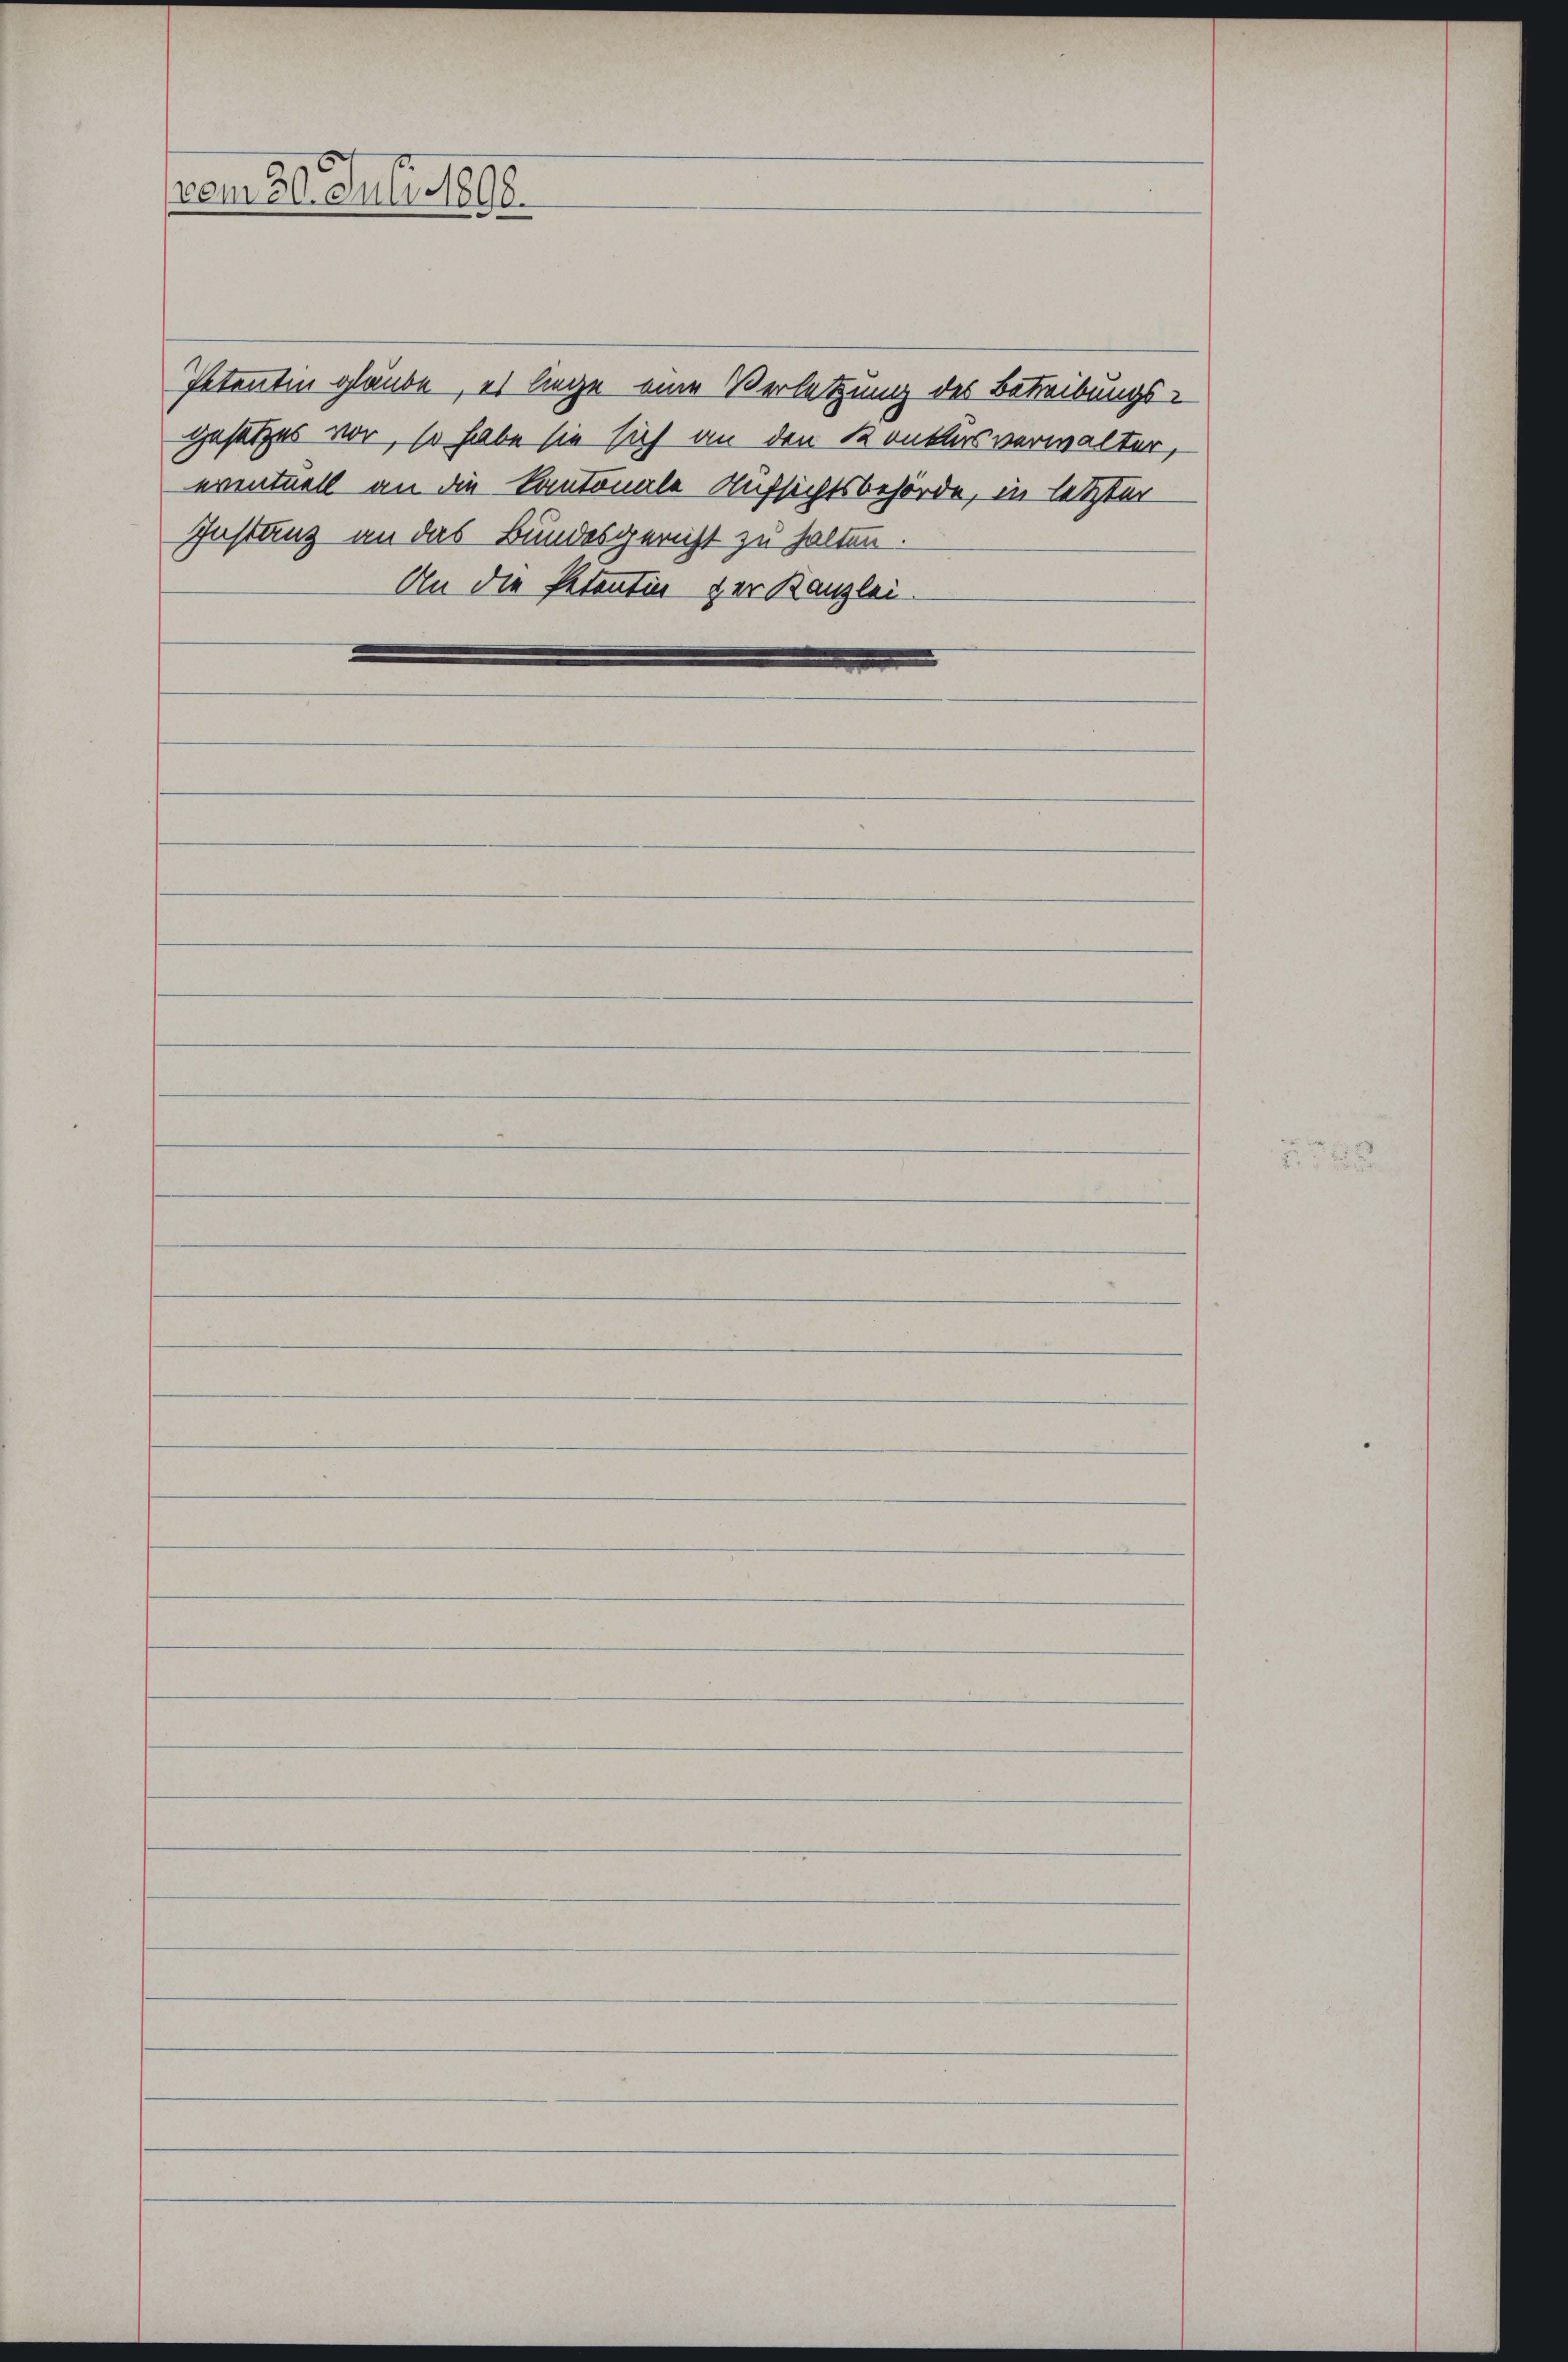
vom 20. Juli 1898.

Petentin glaube, es liege eine Verletzung des Betreibungsgesetzes vor, so habe sie sich an den Konkursverwalter,
eventuell an die Kantonale Aufsichtsbehörde, in letzter
Instanz an das Bundesgericht zu halten.
An die Petentin der Kanzlei-